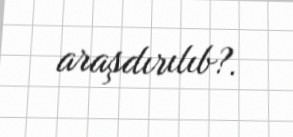
araşdırılıb?.